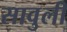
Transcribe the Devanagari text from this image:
सावुली